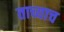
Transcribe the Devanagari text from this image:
ताच्याच